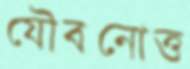
যৌবনোত্ত